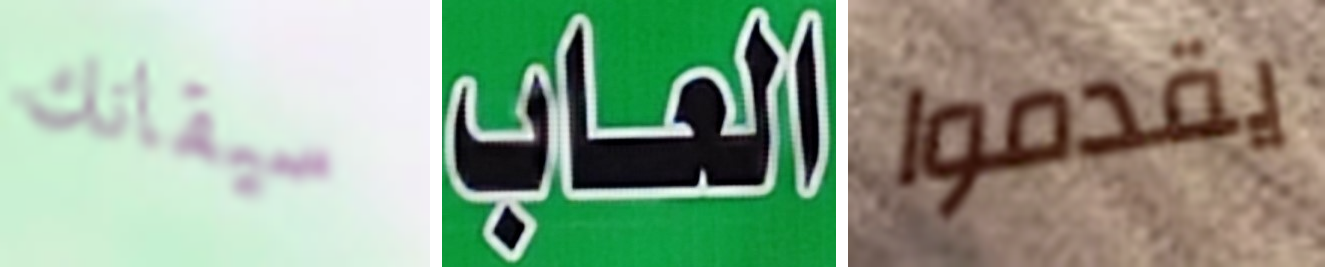
سيقانك العاب يقدموا